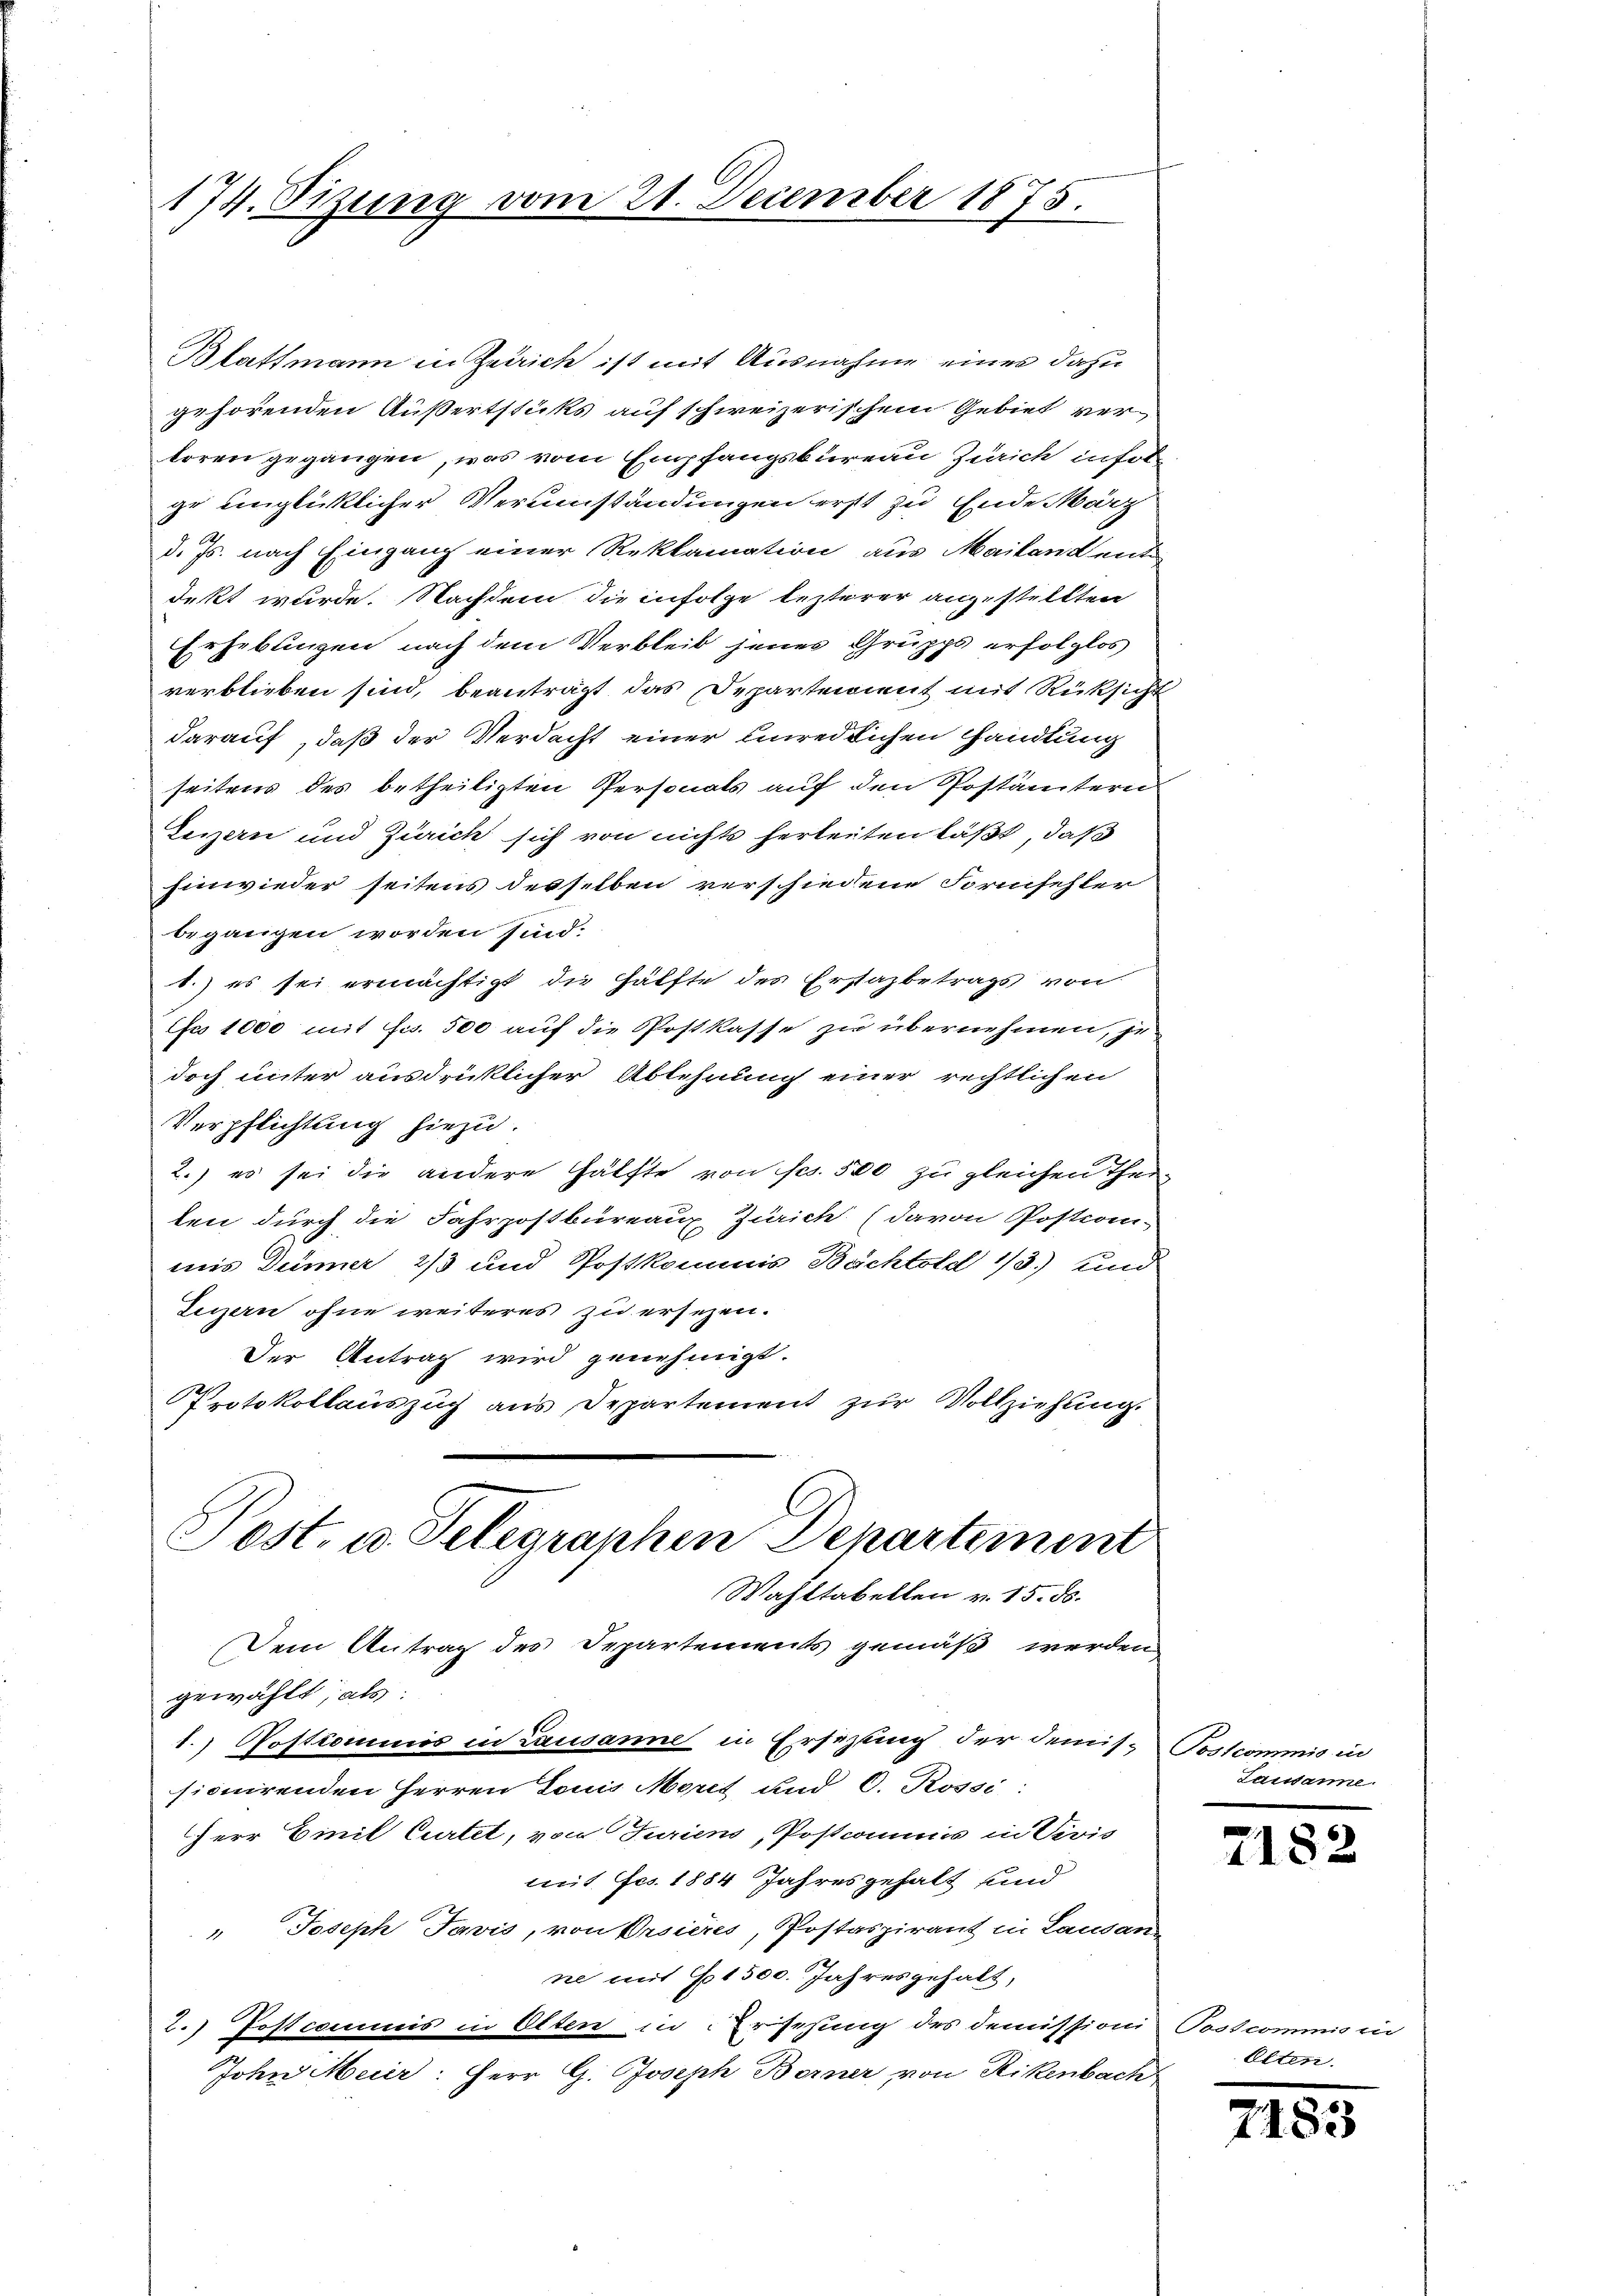
174. Sizung vom 21. December 1875.

Blattmann in Zerrich ist mit Ausnahme eines dazu
gehörenden Außertstücks auf schweizerischem Gebiet ver
koren gegangen, was vom Empfangsbureau Zürich infolge einglücklicher Verumständungen erst zu Ende März
d. Js. nach Eingang einer Reklamation aus Mailandent
dekt wurde. Nachdem die infolge lezterer anzustellten
Erhebungen nach dem Verbleib jenes Grupps erfolglos
verblieben sind, beanträgt das Departement mit Rüksicht
darauf, daß der Verdacht einer Einredlichen Handlung
seitens des betheiligten Personats auf den Postämtern
Teizern und Zürich sich von nichts herteiten läßt, daß
Einwieder seitens desselben verschiedene Formschler
begangen worden sind.
1.) es sei ermächtigt die Hälfte des Erstazbetrags von
fa 1000 mit fcs. 500 auf die Postkasse zu übernehmen, je
doch unter ausdrüklicher Ablehnung einer rechtlichen
Verpflichtung hiezu.
2.) es sei die andere Hälfte von Frs. 500 zu gleichen Theiten durch die Fahrpostbüreaux Zürich (davon Postioni-
uus Dünner 2/3 und Postkommis Bachtold 1/3) und
Luzern ohne weiteres zu ersezen.
Der Antrag wird genehmigt.
Protokollauszug aus Departement zur Vollziehung.
Post- u. Telegraphen Departement
Wahltabellen v. 15. ds.
Dem Antrag des Departements gemäß werden
gewählt, als:
1.) Postcommis in Lausanne in Ersezung der Demis. Postcommis in
sionirenden Herren Louis Merit und C. Rossi:
Herr Emil Curtet, von Juriens, Postcommis in Divis
mit Fco. 1884 Jahresgehalt und
" Joseph Javis, von Orsières, Postaspirant in Laudan
ne mit 1500. Jahresgehalt,
2.) Jostcommis in Olten in Ersehung des Demissioni
John Meier: Herr G. Joseph Berner von Rikenbach

Landame

Posses.
Al

7182

7183

mmig ein